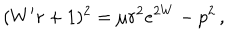
( W ^ { \prime } r + 1 ) ^ { 2 } = \mu r ^ { 2 } e ^ { 2 W } - p ^ { 2 } \, ,